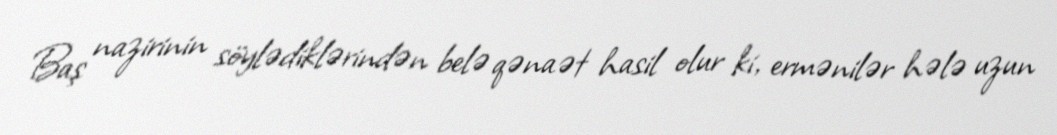
Baş nazirinin söylədiklərindən belə qənaət hasil olur ki, ermənilər hələ uzun